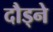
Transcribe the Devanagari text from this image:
दौड्ने